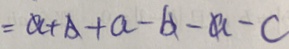
= a + b + a - b - a - c